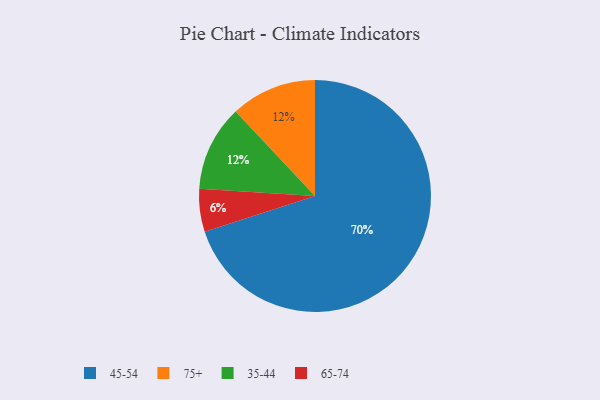
{"axis": {"x": "Category", "y": "Percentage"}, "legend": ["35-44", "45-54", "65-74", "75+"], "data": [{"x": "75+", "y": 12, "type": "75+"}, {"x": "45-54", "y": 70, "type": "45-54"}, {"x": "35-44", "y": 12, "type": "35-44"}, {"x": "65-74", "y": 6, "type": "65-74"}]}